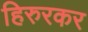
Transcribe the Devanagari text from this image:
हिरुरकर